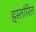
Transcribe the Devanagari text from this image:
हस्तांरित